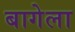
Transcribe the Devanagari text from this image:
बागेला